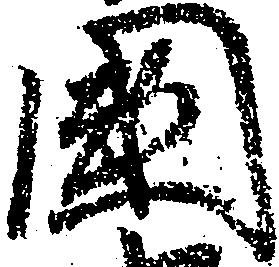
国